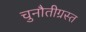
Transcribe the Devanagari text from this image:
चुनौतीग्रस्त